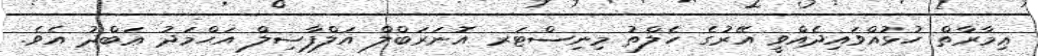
ޢިމާރާތް ހުޅުއްވައިދެއްވީ އޭރުގެ ހެލްތު މިނިސްޓަރ އޮނަރަބްލް އަލްފާޟިލް އަޙްމަދު ޢަބްދު އެވެ.